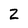
Character: 2